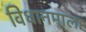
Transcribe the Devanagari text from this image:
विधानमाला